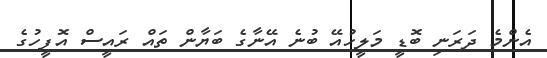
އެންމެ ދަރަނި ބޮޑީ މަލީހުއޭ ބުނެ އޭނާގެ ބަޔާން ތައް ރައީސް އޮފީހުގެ